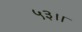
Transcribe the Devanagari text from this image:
५३।।